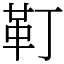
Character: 靪